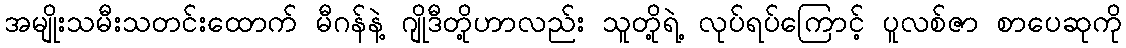
အမျိုးသမီးသတင်းထောက် မီဂန်နဲ့ ဂျိုဒီတို့ဟာလည်း သူတို့ရဲ့ လုပ်ရပ်ကြောင့် ပူလစ်ဇာ စာပေဆုကို